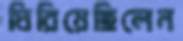
ঘিরিয়েছিলেন